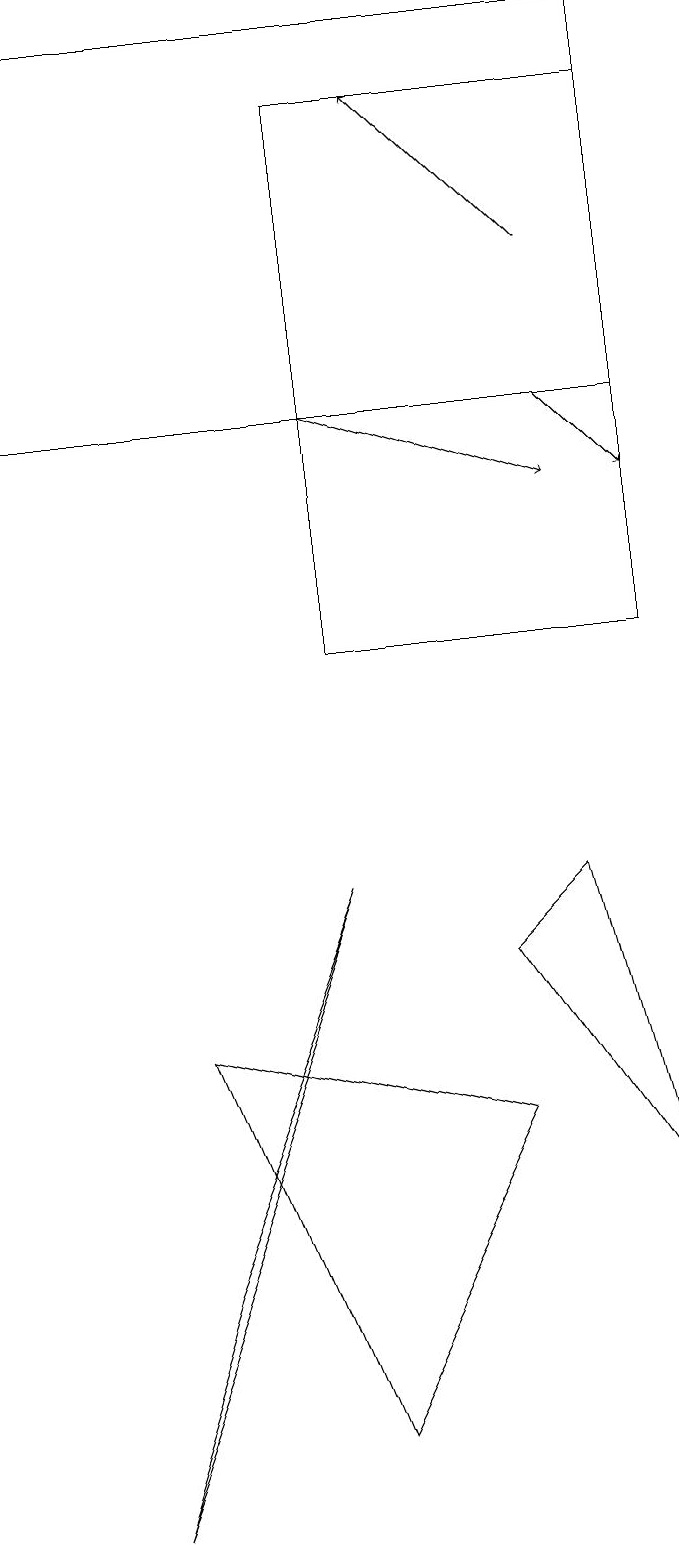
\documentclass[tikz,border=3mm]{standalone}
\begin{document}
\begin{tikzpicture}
\draw[->] (7,16) -- (5,18);
\draw (1,0) -- (2,3) -- (4,8) -- cycle;
\draw (6,5) -- (2,6) -- (4,1) -- cycle;
\draw[->] (4,14) -- (7,13);
\draw (6,7) -- (8,4) -- (7,8) -- cycle;
\draw (0,14) rectangle (8,19);
\draw (8,18) rectangle (4,11);
\draw[->] (7,14) -- (8,13);
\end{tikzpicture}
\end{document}